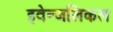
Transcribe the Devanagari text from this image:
इवेन्जलिकल